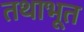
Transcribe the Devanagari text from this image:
तथाभूत